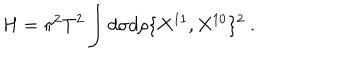
LaTeX: H = \pi ^ { 2 } T ^ { 2 } \int d \sigma d \rho \{ X ^ { 1 1 } , X ^ { 1 0 } \} ^ { 2 } \ .